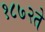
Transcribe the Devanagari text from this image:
१८७२ते